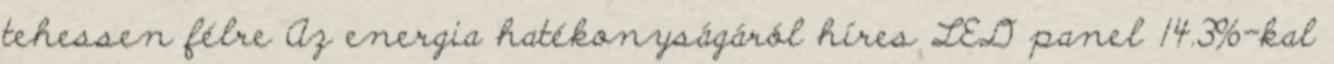
tehessen félre Az energia hatékonyságáról híres LED panel 14.3%-kal